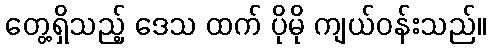
တွေ့ရှိသည့် ဒေသ ထက် ပိုမို ကျယ်ဝန်းသည်။